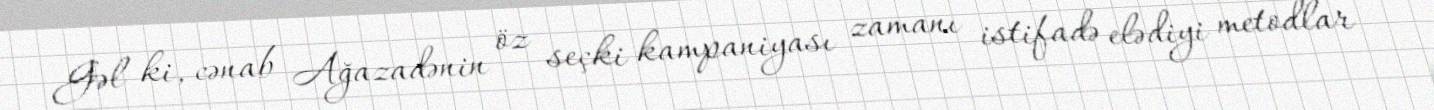
Gəl ki, cənab Ağazadənin öz seçki kampaniyası zamanı istifadə elədiyi metodlar